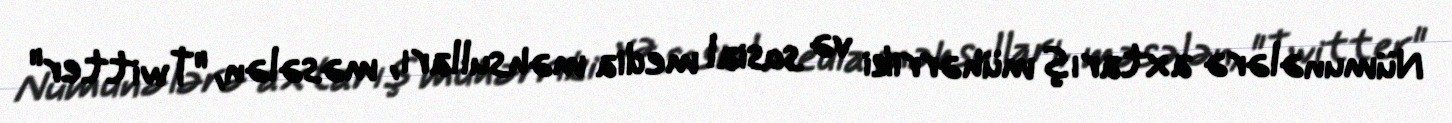
Nümunələrə axtarış mühərriki və sosial media məhsulları, məsələn, "Twitter"